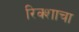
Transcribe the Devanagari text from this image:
रिक्शाचा